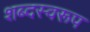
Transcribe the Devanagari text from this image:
शब्दस्वरूप